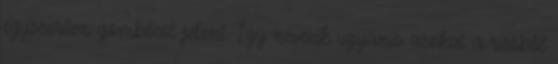
egyszerűen gombócot jelent. Így nevezik ugyanis azokat a rizsből